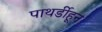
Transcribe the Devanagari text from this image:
पाथर्डीहून